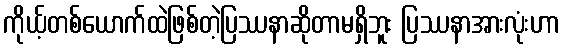
ကိုယ့်တစ်ယောက်ထဲဖြစ်တဲ့ပြဿနာဆိုတာမရှိဘူး ပြဿနာအားလုံးဟာ